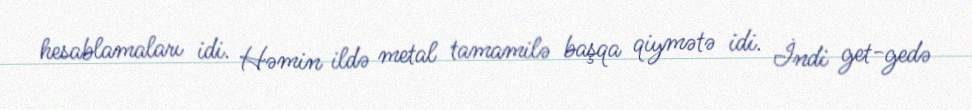
hesablamaları idi. Həmin ildə metal tamamilə başqa qiymətə idi. İndi get-gedə